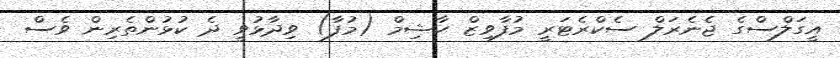
އީގަލްސްގެ ޖެނެރަލް ސެކްރެޓަރީ މުފާވިޒް ހާޝިމް (މުފާ) ވިދާޅުވީ ދެ ކުޅުންތެރިން ވެސް